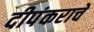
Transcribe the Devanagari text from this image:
दीपंकराचे